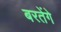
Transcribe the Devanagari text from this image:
बरतेंगे